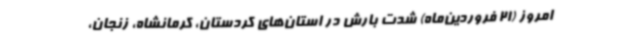
امروز (21 فروردین‌ماه) شدت بارش در استان‌های کردستان، کرمانشاه، زنجان،